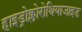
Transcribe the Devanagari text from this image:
हाइड्रोक्लोरोथियाजाइड